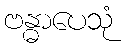
ဗန္ဓာပေသုံ